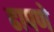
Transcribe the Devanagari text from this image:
ढापणे